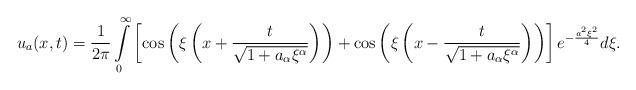
LaTeX: \begin{align*} u_a(x,t) = \frac{1}{2 \pi}\int\limits_0^\infty \left[ \cos \left(\xi \left(x+\frac{t}{\sqrt{1+ a_\alpha\xi ^{\alpha }}}\right)\right)+\cos \left(\xi \left(x-\frac{t}{\sqrt{1+ a_\alpha\xi ^{\alpha }}}\right)\right)\right]e^{-\frac{a^2 \xi ^2}{4}}d\xi. \end{align*}